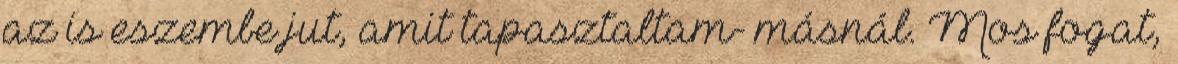
az is eszembe jut, amit tapasztaltam- másnál. Mos fogat,